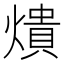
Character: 𤏳